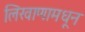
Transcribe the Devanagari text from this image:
लिखाणामधून